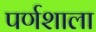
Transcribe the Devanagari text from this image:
पर्णशाला